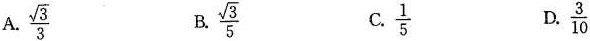
A. \frac{\sqrt{3}}{3} B.\frac{\sqrt{3}}{5} C. \frac{1}{5} D.\frac{3}{10}